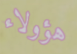
هؤولاء